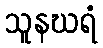
သူနဃရံ